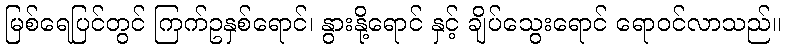
မြစ်ရေပြင်တွင် ကြက်ဥနှစ်ရောင်၊ နွားနို့ရောင် နှင့် ချိပ်သွေးရောင် ရောဝင်လာသည်။